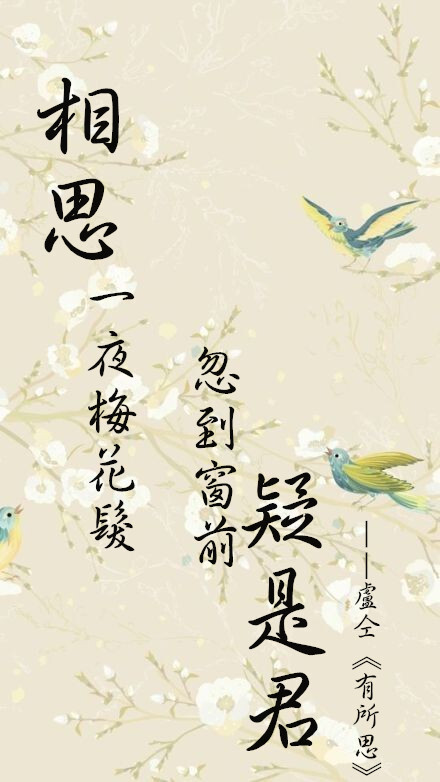
相思一夜梅花发，忽到窗前疑是君。